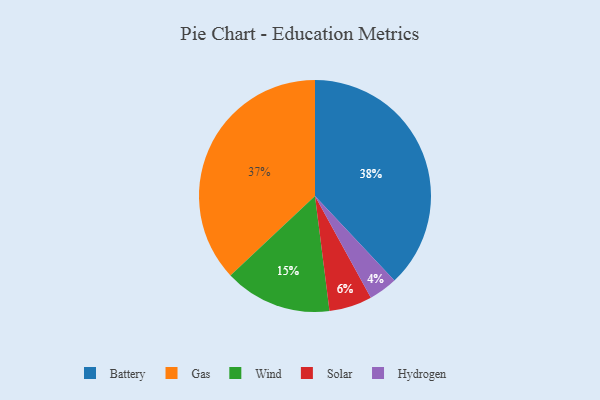
{"axis": {"x": "Category", "y": "Percentage"}, "legend": ["Battery", "Gas", "Hydrogen", "Solar", "Wind"], "data": [{"x": "Solar", "y": 6, "type": "Solar"}, {"x": "Wind", "y": 15, "type": "Wind"}, {"x": "Gas", "y": 37, "type": "Gas"}, {"x": "Battery", "y": 38, "type": "Battery"}, {"x": "Hydrogen", "y": 4, "type": "Hydrogen"}]}